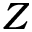
Z